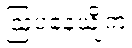
ဩပနေယျိကံ